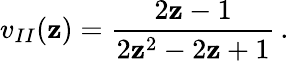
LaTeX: v_{II}(\mathbf{z})={\frac{{2\mathbf{z}-1}}{{2\mathbf{z}^{2}-2\mathbf{z}+1}}}\, .